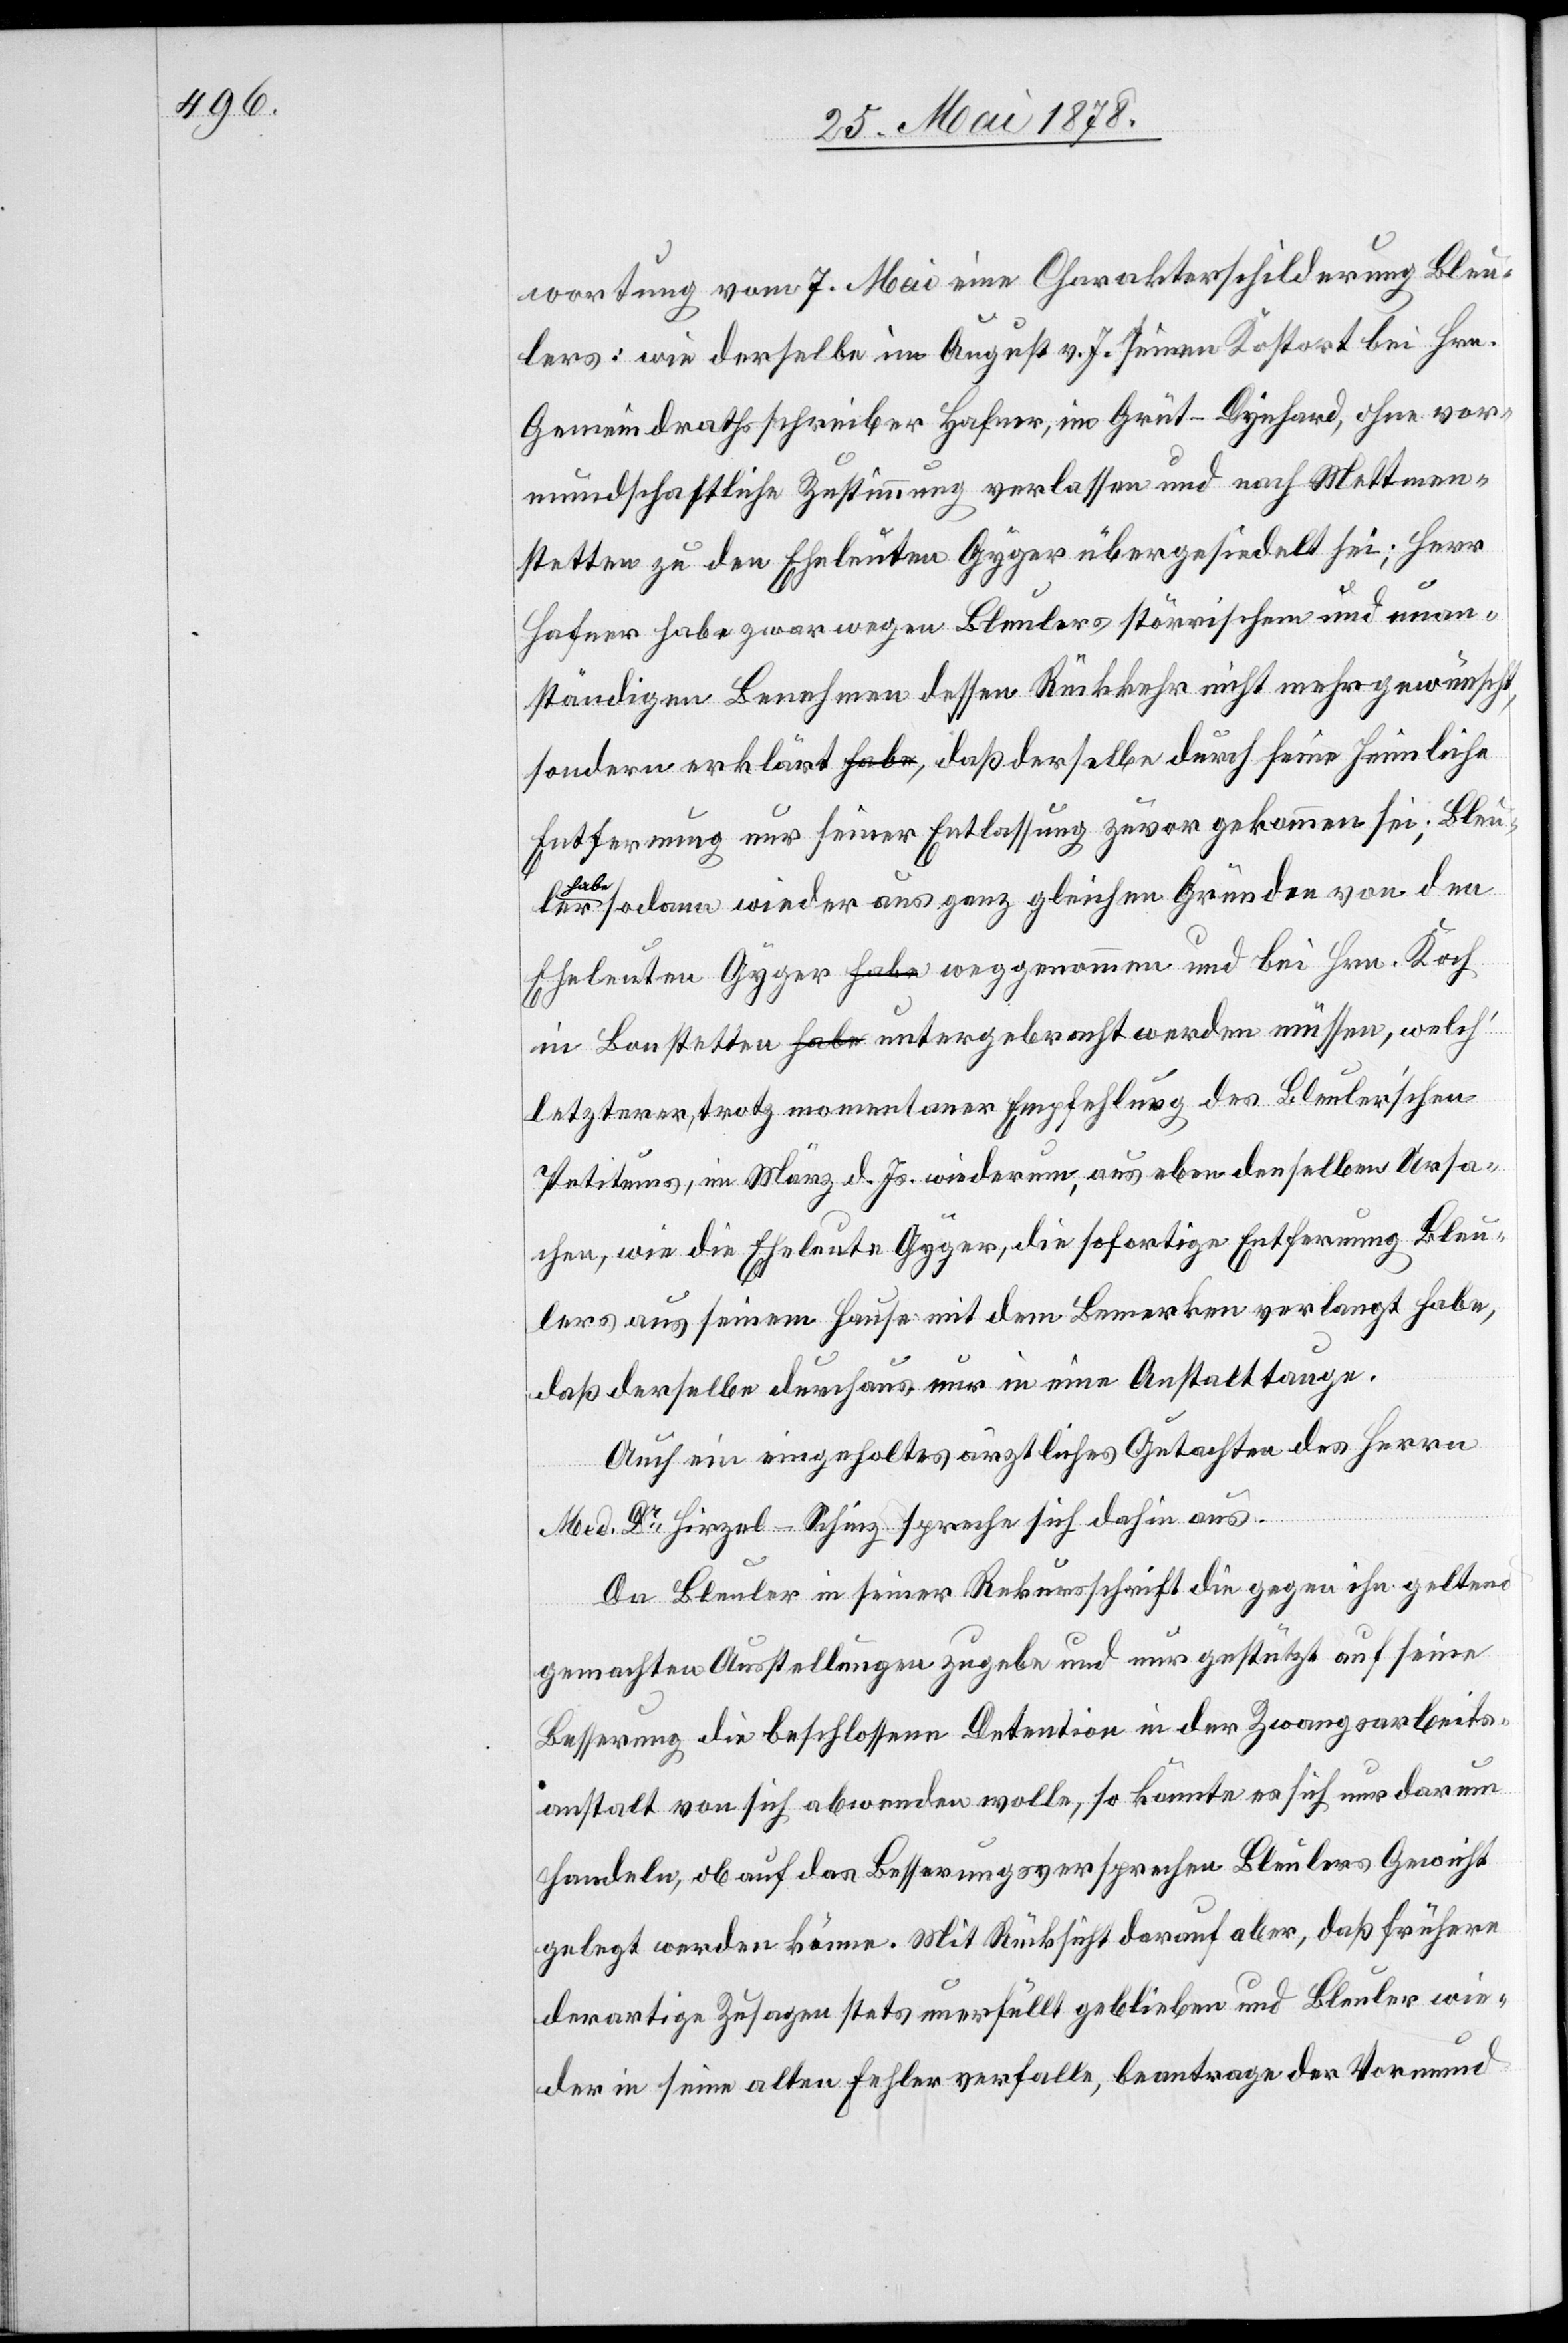
wortung vom 7. Mai eine Charakterschilderung Bleu¬
lers: wie derselbe im August v. J. seinen Kostort bei Hrn.
Gemeindrathsschreiber Hafner, im Grüt - Dynhard, ohne vor¬
mundschaftliche Zustimmung verlassen und nach Mettmen¬
stetten zu den Eheleuten Gyger übergesiedelt sei; Herr
Hafner habe zwar wegen Bleulers störrischem und unan¬
ständigem Benehmen dessen Rückkehr nicht mehr gewünscht,
sondern erklärt, dass derselbe durch seine heimliche
Entfernung nur seiner Entlassung zuvor gekommen sei; Bleuler
hab¬
e sodann wieder aus ganz gleichen Gründen von den
Eheleuten Gyger weggenommen und bei Hrn. Koch
in Bonstetten untergebracht werden müssen, welch’
letzterer, trotz momentaner Empfehlung des Bleuler’schen
Petitums, im März d. Js. wiederum, aus eben denselben Ursa¬
chen, wie die Eheleute Gyger, die sofortige Entfernung Bleu¬
lers aus seinem Hause mit dem Bemerken verlangt habe,
dass derselbe durchaus nur in eine Anstalt tauge.
Auch ein eingeholtes ärztliches Gutachten des Herrn
Med. Dr Hirzel-Schinz spreche sich dahin aus.
Da Bleuler in seiner Rekursschrift die gegen ihn geltend
gemachten Ausstellungen zugebe und nur gestützt auf seine
Besserung die beschlossene Detention in der Zwangsarbeits¬
anstalt von sich abwenden wolle, so könnte es sich nur darum
handeln, ob auf das Besserungsversprechen Bleulers Gewicht
gelegt werden könne. Mit Rücksicht darauf aber, dass frühere
derartige Zusagen stets unerfüllt geblieben und Bleuler wie¬
der in seine alten Fehler verfalle, beantrage der Vormund